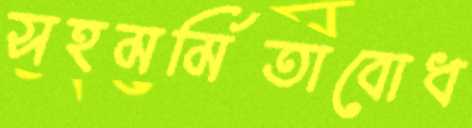
সহমর্মিতাবোধ